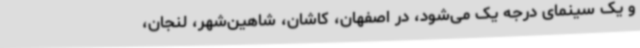
و یک سینمای درجه ‌یک می‌شود، در اصفهان، کاشان، شاهین‌شهر، لنجان،